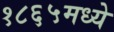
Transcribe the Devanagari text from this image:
१८६५मध्ये